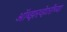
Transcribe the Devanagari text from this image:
ऑब्झरव्हेटरीच्या